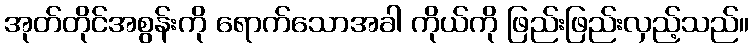
အုတ်တိုင်အစွန်းကို ရောက်သောအခါ ကိုယ်ကို ဖြည်းဖြည်းလှည့်သည်။